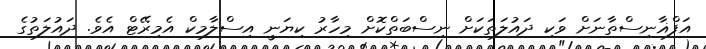
އަފްޣާނިސްތާނަށް ވަކި ދައުލަތަކަށް ނިސްބަތްކޮށް މިހާރު ކިޔަނީ އިސްލާމިކް އެމިރޭޓް އެވެ. ދައުލަތުގެ